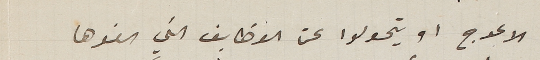
الاعوج او يتحولوا عن الوظايف التي الفوها